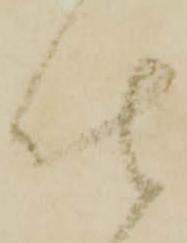
仕